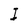
Character: I